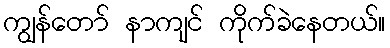
ကျွန်တော် နာကျင် ကိုက်ခဲနေတယ်။